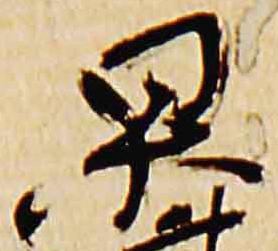
杲